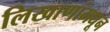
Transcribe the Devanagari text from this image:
लिखाणांमधून